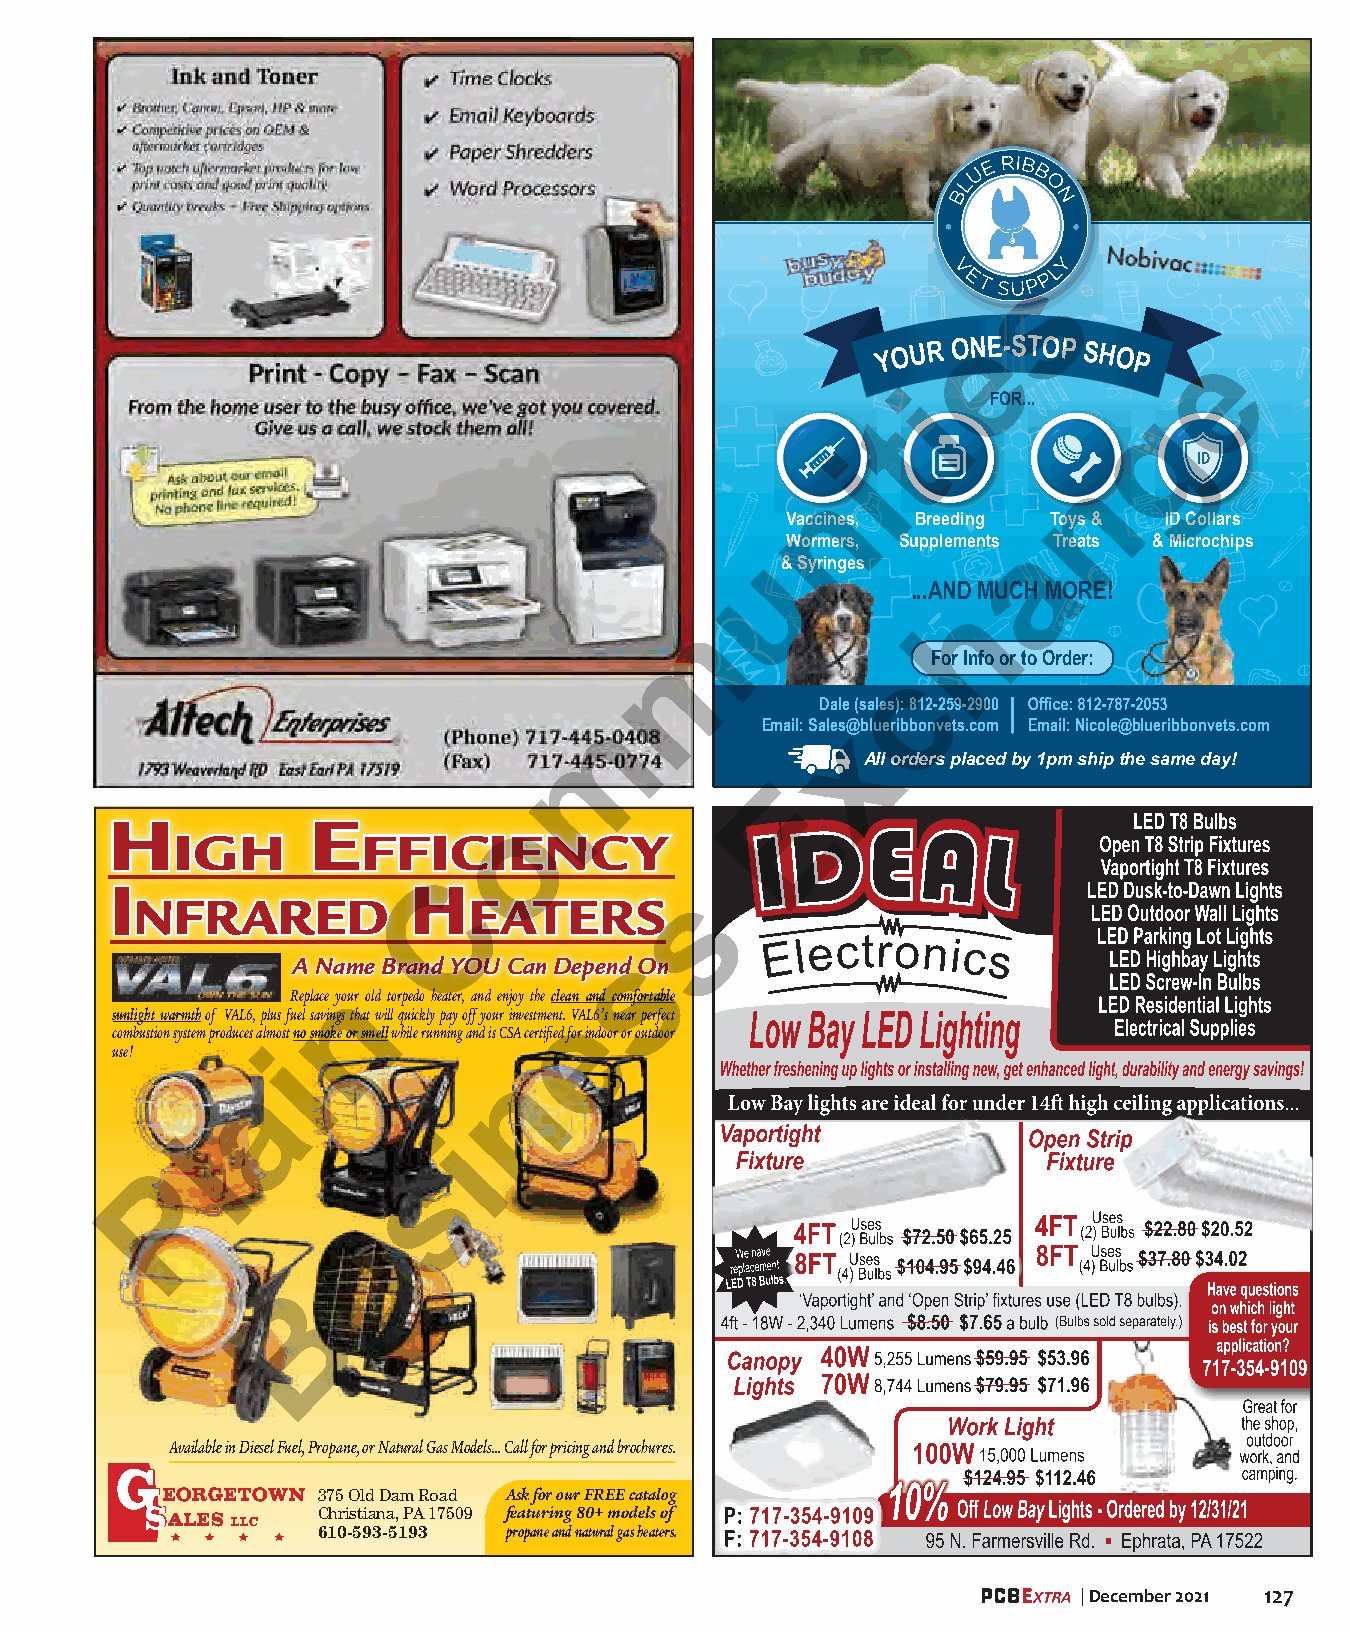
s
 e
 Y OUR ONE-STOP SHOP   e
 iFOR...
 g
 t
 i
 n
 n
 Vaccines, Breeding Toys & ID Collars
 Wormers, Supplements aTreats & Microchips
 u& Syringes
 ...AND MUCH MORE!
 h
 m
 For Info or to Order:
 c
 Dale (sales): 812-259-2900
 m
 Email: Salesx@blueribbonvets.com Email: Nicole@blueribbonvets.com
 All orders placed by 1pm ship the same day!
 E
 o
 HH           EE
 iiggHH       ffffiicciiEEnnccyy
 ii                  HHC               s
 nnffrraarrEEdd        EEaattEErrss
 s
 AA NNaammee BBrraanndd YYOOUU CCaann DDeeppeenndd OOnn
 Replace yonur old torpedo heater, and enjoy the clean and comfortable
 sunlight warmth of VAL6, plus fuel savings that will quickly pay off your investment. eVAL6’s near perfect
 combustion system produces almost no smoke or smell while running and is CSA certified for indoor or outdoor
 use!       i
 n
 a
 i
 l
 s
 P
 u                     
 B
 Available in Diesel Fuel, Propane, or Natural Gas Models... Call for pricing and brochures.
 EORGETOWN 375 Old Dam Road Ask for our FREE catalog
 ALES LLC  Christiana, PA 17509 featuring 80+ models of
 610-593-5193 propane and natural gas heaters.
 ▪
 | December 2021 127